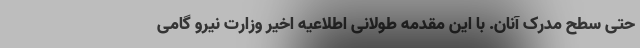
حتی سطح مدرک آنان. با این مقدمه طولانی اطلاعیه اخیر وزارت نیرو گامی